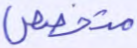
متخصص